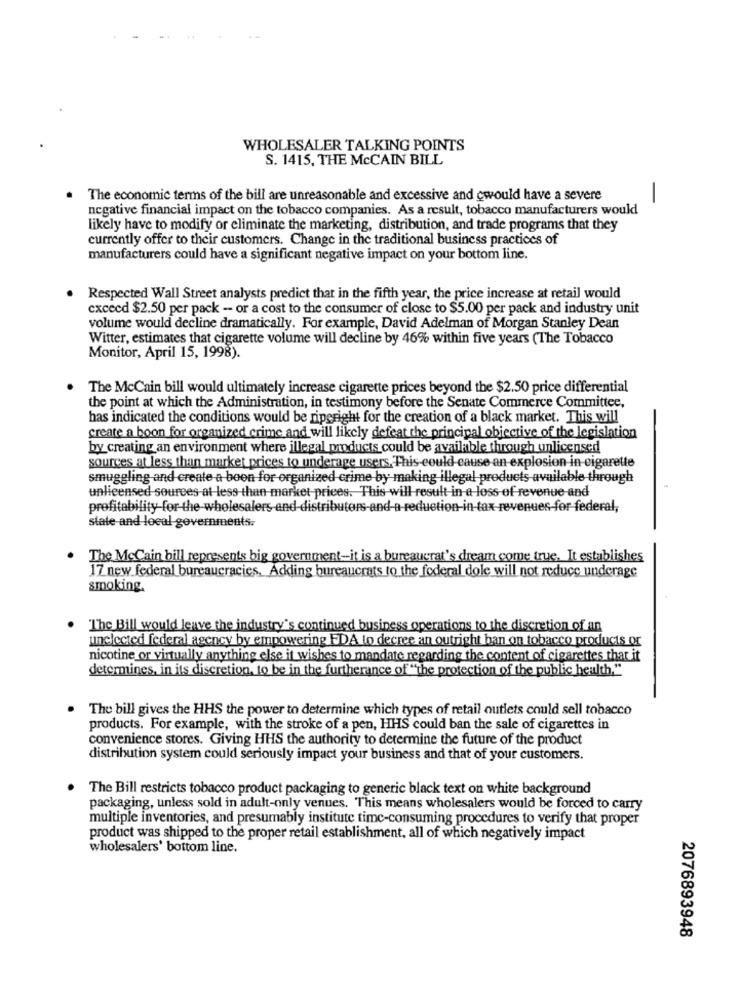
WHOLESALER TALKING POINTS
S. 1415, THE McCAIN BILL
The economic terms of the bill are unreasonable and excessive and cwould have a severe
-
negative financial impact on the tobacco companies. As a result, tobacco manufacturers would
likely have to modify or eliminate the marketing, distribution, and trade programs that they
currently offer to their customers. Change in the traditional business practices of
manufacturers could have a significant negative impact on your bottom line.
Respected Wall Street analysts predict that in the fifth year, the price increase at retail would
cxceed $2.50 per pack - or a cost to the consumer of close to $5.00 per pack and industry unit
volume would decline dramatically. For example, David Adelman of Morgan Stanley Dean
Witter, estimates that cigarette volume will decline by 46% within five years (The Tobacco
Monitor, April 15, 1998).
The McCain bill would ultimately increase cigarette prices beyond the $2.50 price differential
the point at which the Administration, in testimony before the Senate Commerce Committee,
has indicated the conditions would be riperight for the creation of a black market. This will
create a boon for organized crime and will likely defeat the principal objective of the legislation
by creating an environment where illegal products could be available through unlicensed
sources at less than market prices to underage users, This-could cause an explosion in cigarette
smuggling and create a boon for organized crime by making illegal products available through
unlicensed sources at less-than-market-prices. This will result in a loss of revenue and
profitability for-the wholesalers and distributors-and-a-reduction-in-tax revenues-for federal,
state and local governments.
The McCain bill represents big government-it is a bureaucrat's dream come true, It establishes
17 new federal bureaucracies, Adding bureaucrats to the federal dole will not reduce underage
smoking.
The Bill would leave the industry's continued business operations to the discretion of an
unelected federal agency by empowering EDA to decree an outright ban on tobacco products or
nicotine or virtually anything else it wishes to mandate regarding the content of cigarettes that it
determines, in its discretion, to be in the furtherance of "the protection of the public health."
The bill gives the HHS the power to determine which types of retail outlets could sell tobacco
products. For example, with the stroke of a pen, HHS could ban the sale of cigarettes in
convenience stores. Giving HHS the authority to determine the future of the product
distribution system could seriously impact your business and that of your customers.
The Bill restricts tobacco product packaging to generic black text on white background
packaging, unless sold in adult-only venues. This means wholesalers would be forced to carry
multiple inventories, and presumably institute time-consuming procedures to verify that proper
product was shipped to the proper retail establishment, all of which negatively impact
wholesalers' bottom line.
2076893948